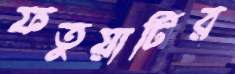
ফতুয়াটির